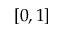
[ 0 , 1 ]